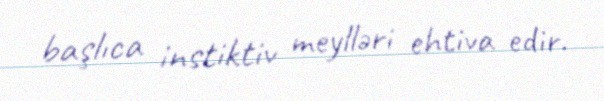
başlıca instiktiv meylləri ehtiva edir.